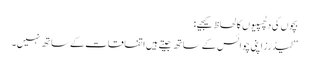
بچوں کی دلچسپیوں کا لحاظ کیجیے:
’’لیڈرز اپنی چوائس کے ساتھ جیتے ہیں اتفاقات کے ساتھ نہیں۔